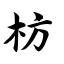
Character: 枋